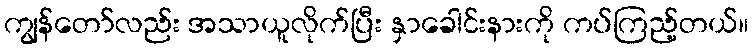
ကျွန်တော်လည်း အသာယူလိုက်ပြီး နှာခေါင်းနားကို ကပ်ကြည့်တယ်။